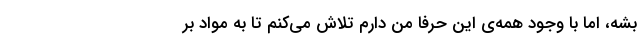
بشه، اما با وجود همه‌ی این حرفا من دارم تلاش می‌کنم تا به مواد بر